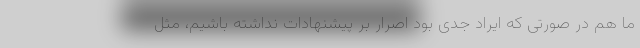
ما هم در صورتی که ایراد جدی بود اصرار بر پیشنهادات نداشته باشیم، مثل